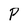
Character: P